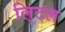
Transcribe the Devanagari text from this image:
लि्टल